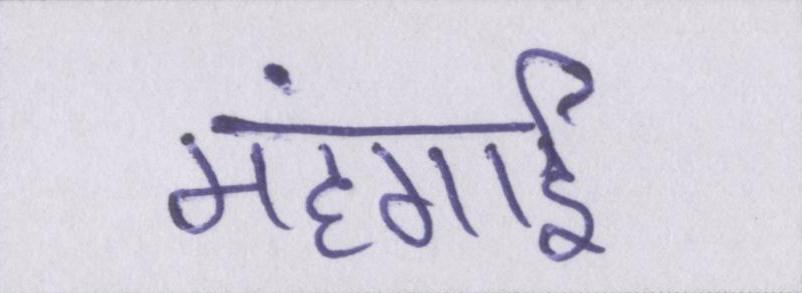
महंगार्इ